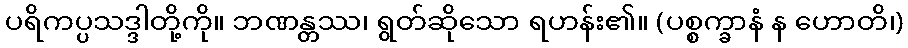
ပရိကပ္ပသဒ္ဒါတို့ကို။ ဘဏန္တဿ၊ ရွတ်ဆိုသော ရဟန်း၏။ (ပစ္စက္ခာနံ န ဟောတိ၊)